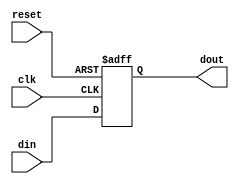
module SynchronousRegister #(
    parameter WIDTH = 8  // Parameter for bit-width of the register
)(
    input wire clk,       // Clock input
    input wire reset,     // Asynchronous reset input
    input wire [WIDTH-1:0] din, // Data input
    output reg [WIDTH-1:0] dout  // Data output
);

// Always block for synchronous operation
always @(posedge clk or posedge reset) begin
    if (reset) begin
        dout <= {WIDTH{1'b0}}; // Reset output to zero
    end else begin
        dout <= din; // Capture data on rising edge of clock
    end
end

endmodule